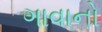
ગાવાનો